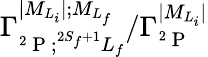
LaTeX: {\Gamma}_{^2\mathrm{~P~};^{2S_{f}+1}L_{f}}^{\vert{M}_{{L}_{i}}\vert;{M}_{{L}_{f}}}/{\Gamma}_{^2\mathrm{~P~}}^{\vert{M}_{{L}_{i}}\vert}